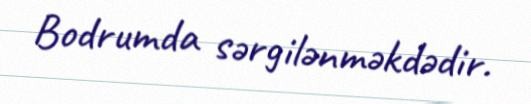
Bodrumda sərgilənməkdədir.